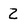
Character: 2